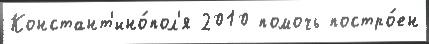
Констант'ино́пол'я 2010 помочь постро́ен